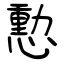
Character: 憅